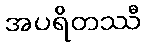
အပရိတဿီ